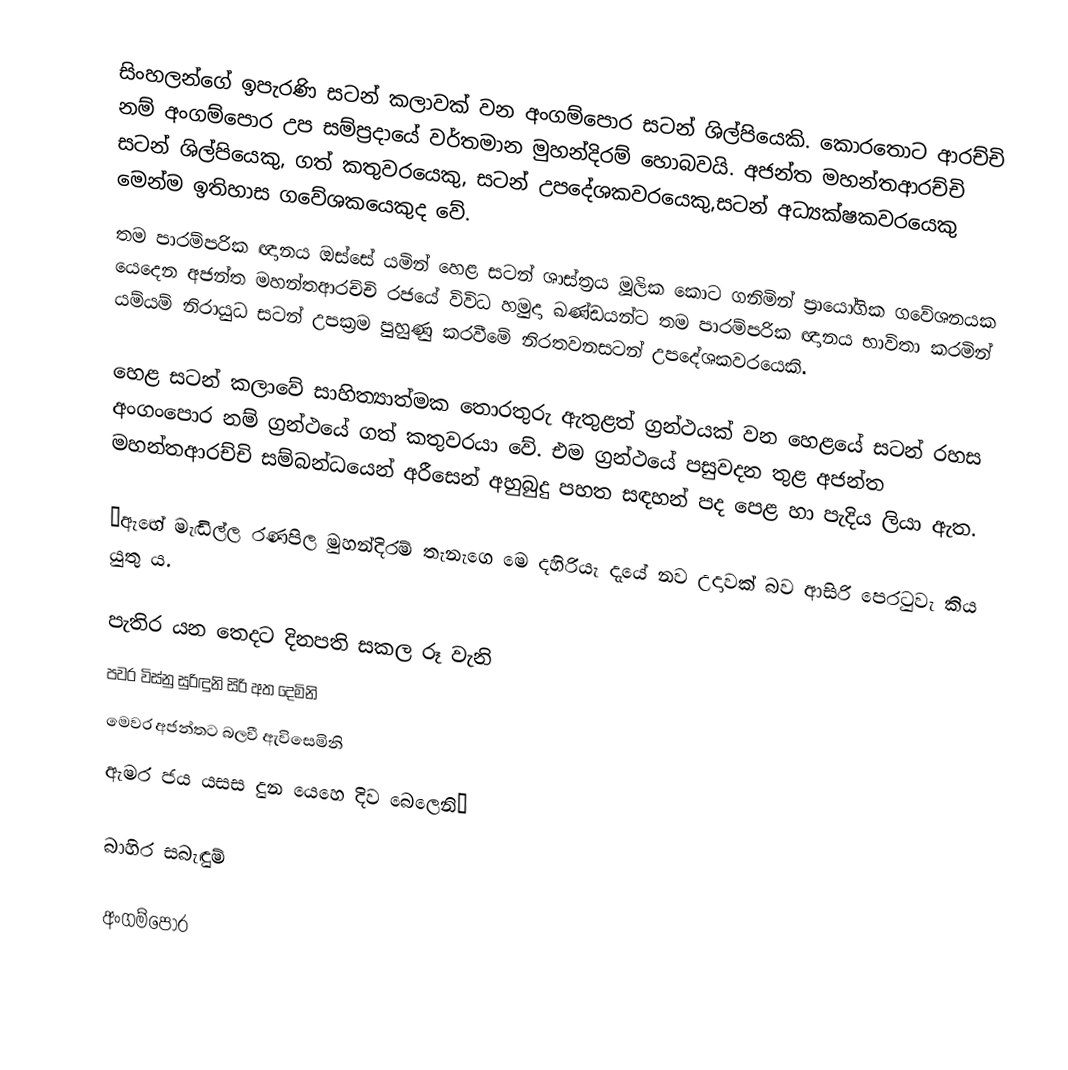
සිංහලන්ගේ ඉපැරණි සටන් කලාවක් වන අංගම්පොර සටන් ශිල්පියෙකි.  කොරතොට ආරච්චි නම්  අංගම්පොර  උප සම්ප්‍රදායේ වර්තමාන මුහන්දිරම් හොබවයි. අජන්ත මහන්තආරච්චි සටන් ශිල්පියෙකු, ගත් කතුවරයෙකු, සටන් උපදේශකවරයෙකු,සටන් අධ්‍යක්ෂකවරයෙකු මෙන්ම ඉතිහාස ගවේශකයෙකුද වේ.
තම පාරම්පරික ඥානය ඔස්සේ යමින් හෙළ සටන් ශාස්ත්‍රය මූලික කොට ගනිමින් ප්‍රායෝගික ගවේශනයක යෙදෙන අජන්ත මහන්තආරච්චි රජයේ විවිධ හමුදා ඛණ්ඩයන්ට තම පාරම්පරික ඥානය භාවිතා කරමින් යම්යම් නිරායුධ සටන් උපක්‍රම පුහුණු කරවීමේ නිරතවනසටන් උපදේශකවරයෙකි.

හෙළ සටන් කලාවේ සාහිත්‍යාත්මක තොරතුරු ඇතුළත් ග්‍රන්ථයක් වන හෙළයේ සටන් රහස අංගංපොර නම් ග්‍රන්ථයේ ගත් කතුවරයා වේ. එම ග්‍රන්ථයේ පසුවදන තුළ අජන්ත මහන්තආරච්චි සම්බන්ධයෙන් අරීසෙන් අහුබුදු  පහත සඳහන් පද පෙළ හා පැදිය ලියා ඇත.

“ඇඟේ මැඬිල්ල රණපිල මුහන්දිරම් තැනැගෙ මෙ දහිරියැ දැයේ නව උදාවක් බව ආසිරි පෙරටුවැ කිය යුතු ය.

පැතිර යන තෙදට දිනපති සකල රූ 	වැනි
පවර විස්නු සුරිඳුනි සිරි අත 	දෙමිනි
මෙවර අජන්තට බලවී 	ඇවිසෙමිනි
ඇමර ජය යසස දුන යෙහෙ  දිව 	බෙලෙනි“

බාහිර සබැඳුම්

අංගම්පොර